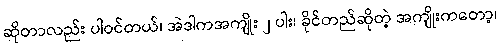
ဆိုတာလည်း ပါဝင်တယ်၊ အဲဒါကအကျိုး ၂ ပါး၊ ခိုင်တည်ဆိုတဲ့ အကျိုးကတော့၊